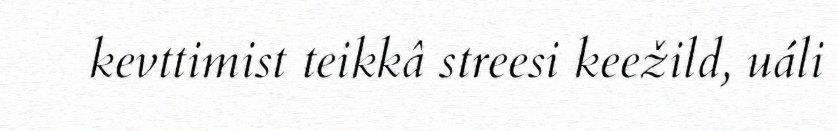
kevttimist teikkâ streesi keežild, uáli